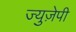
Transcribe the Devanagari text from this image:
ज्युज़ेपी